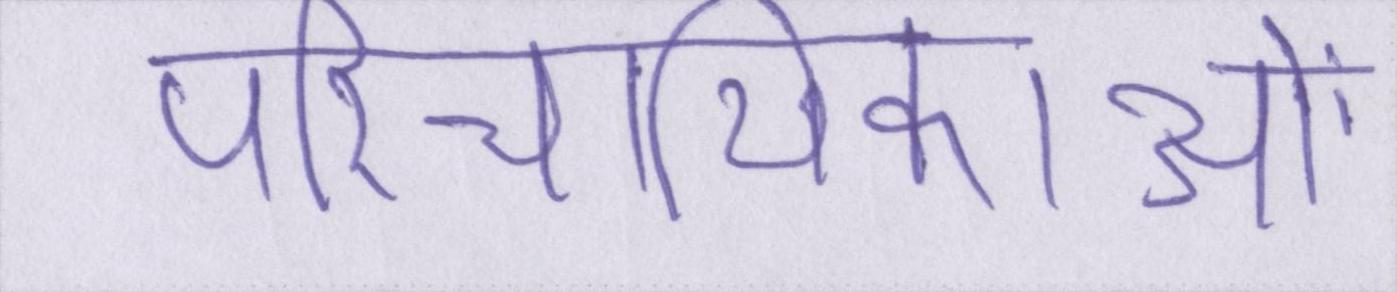
परिचायिकाओं